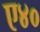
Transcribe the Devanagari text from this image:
ए४०